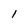
Character: l